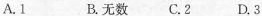
A.1 B.无数 C.2 D.3